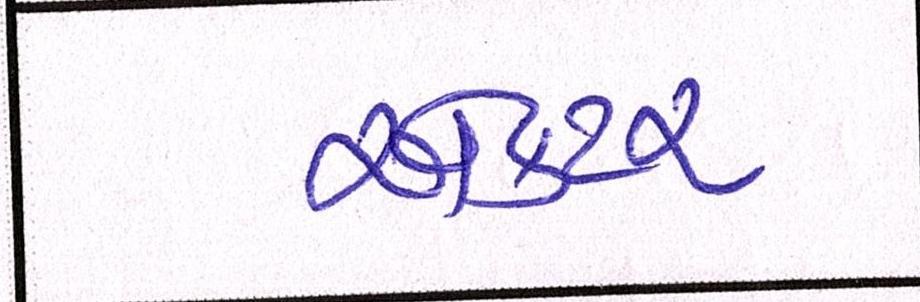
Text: એકટર